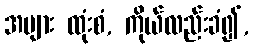
အများ ထုံးစံ, ကိုယ်လည်းခံ၍,